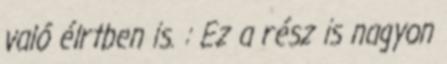
való élrtben is. : Ez a rész is nagyon